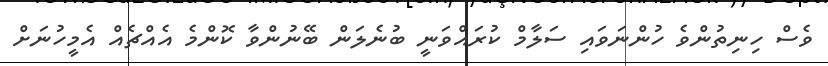
ވެސް ހިނިތުންވެ ހުންނަވައި ސަލާމް ކުރައްވަނީ ބުނެލަން ބޭނުންވާ ކޮންމެ އެއްޗެއް އެމީހުނަށް